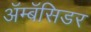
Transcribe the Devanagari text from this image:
अॅम्बॅसिडर